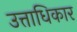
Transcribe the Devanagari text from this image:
उत्ताधिकार